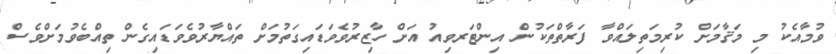
ވުމާއެކު މި މަޤާމަށް ކުރިމަތިލައްވާ ފަރާތްތަކުން އިންޓަރވިއު އަށް ހާޒިރުވެވަޑައިގަތުމަށް ތައްޔާރުވެވަޑައިގެން ތިއްބެވުމަށްވެސް